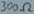
Text: 300Ω